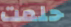
حلمت